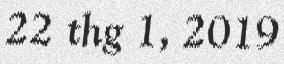
22 thg 1, 2019